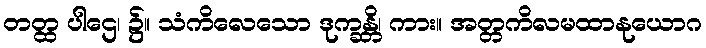
တတ္ထ ပါဌေ၊ ၌။ သံကိလေသော ဒုက္ခန္တိ၊ ကား။ အတ္တကိလမထာနုယောဂ